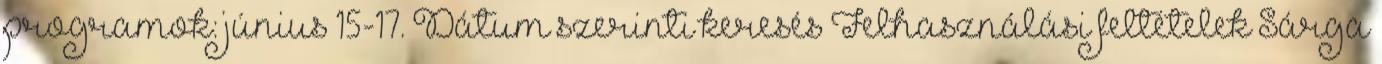
programok: június 15-17. Dátum szerinti keresés Felhasználási feltételek Sárga